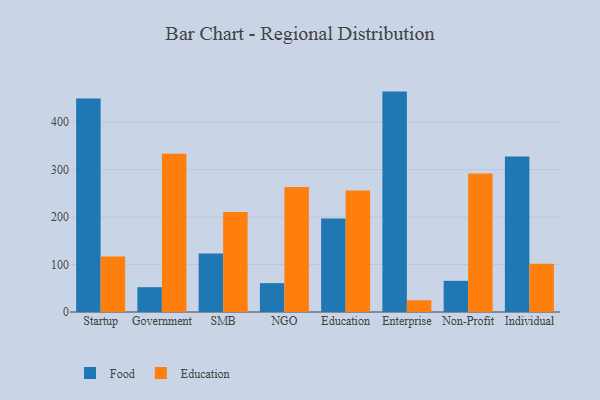
{"axis": {"x": "Segment", "y": "Temperature (°C)"}, "legend": ["Education", "Food"], "data": [{"x": "Startup", "y": 449.4, "type": "Food"}, {"x": "Startup", "y": 116.6, "type": "Education"}, {"x": "Government", "y": 52.2, "type": "Food"}, {"x": "Government", "y": 332.9, "type": "Education"}, {"x": "SMB", "y": 123.1, "type": "Food"}, {"x": "SMB", "y": 210.7, "type": "Education"}, {"x": "NGO", "y": 60.7, "type": "Food"}, {"x": "NGO", "y": 263.1, "type": "Education"}, {"x": "Education", "y": 196.6, "type": "Food"}, {"x": "Education", "y": 255.8, "type": "Education"}, {"x": "Enterprise", "y": 463.9, "type": "Food"}, {"x": "Enterprise", "y": 24.7, "type": "Education"}, {"x": "Non-Profit", "y": 65.6, "type": "Food"}, {"x": "Non-Profit", "y": 291.5, "type": "Education"}, {"x": "Individual", "y": 327.2, "type": "Food"}, {"x": "Individual", "y": 101.3, "type": "Education"}]}